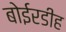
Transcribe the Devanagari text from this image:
बोईरडीह